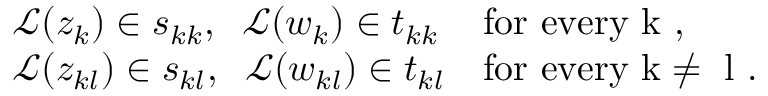
\begin{array} { r } { \begin{array} { l l } { \mathscr { L } ( z _ { k } ) \in s _ { k k } , \; \; \mathscr { L } ( w _ { k } ) \in t _ { k k } } & { \mathrm { f o r ~ e v e r y ~ k ~ } , } \\ { \mathscr { L } ( z _ { k l } ) \in s _ { k l } , \; \; \mathscr { L } ( w _ { k l } ) \in t _ { k l } } & { \mathrm { f o r ~ e v e r y ~ k \ne ~ l ~ } . } \end{array} } \end{array}